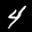
Label: 4